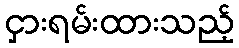
ငှားရမ်းထားသည့်